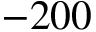
- 2 0 0